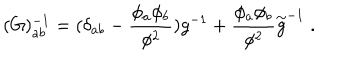
( G ) _ { a b } ^ { - 1 } = ( \delta _ { a b } - \frac { \phi _ { a } \phi _ { b } } { \phi ^ { 2 } } ) g ^ { - 1 } + \frac { \phi _ { a } \phi _ { b } } { \phi ^ { 2 } } { \stackrel { \sim } { g } } ^ { - 1 } \; .